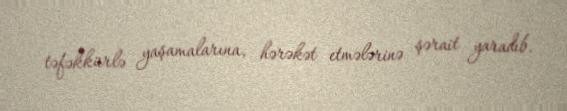
təfəkkürlə yaşamalarına, hərəkət etmələrinə şərait yaradıb.